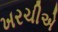
ખરચીએ